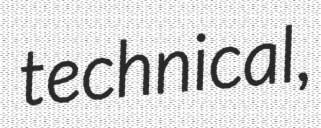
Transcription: technical,